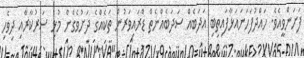
ފަށަންވީއެވެ. ހައްދުފަހަނައަޅާފައިތިބި އަދަބެއް ސަދަބެއްނެތް ޑްރައިވަރުން ތަކެއްގެ ދަށުވެގެން މުޅި ސަރުކާރާއި ދިވެހި